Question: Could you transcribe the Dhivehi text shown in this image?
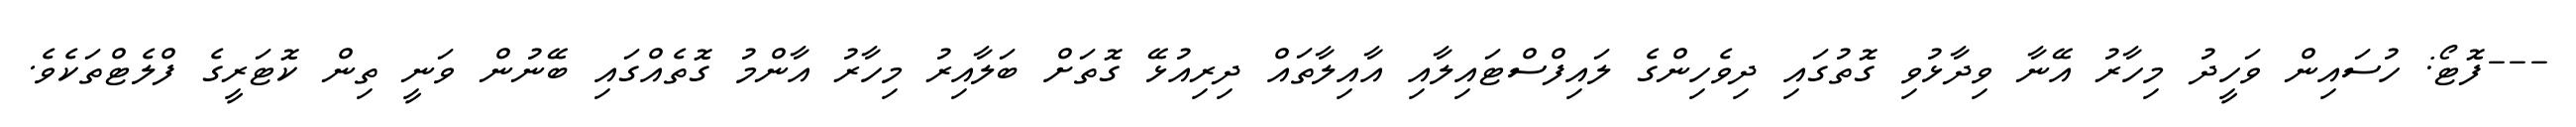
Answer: ---ފޮޓޯ: ހުސައިން ވަހީދު މިހާރު އޭނާ ވިދާޅުވި ގޮތުގައި ދިވެހިންގެ ލައިފްސްޓައިލާއި އާއިލާތައް ދިރިއުޅޭ ގޮތަށް ބަލާއިރު މިހާރު އާންމު ގޮތެއްގައި ބޭނުން ވަނީ ތިން ކޮޓަރީގެ ފްލެޓްތަކެވެ.